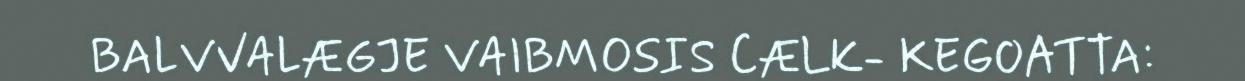
BALVVALÆGJE VAIBMOSIS CÆLK- KEGOATTA: